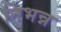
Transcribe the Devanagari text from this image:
निभन्न